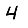
Digit: 4